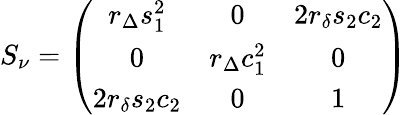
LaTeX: S_{\nu}=\left(\begin{array}{ccc}{{r_{\Delta}s_{1}^{2}}}&{{0}}&{{2r_{\delta}s_{2}c_{2}}}\\ {{0}}&{{r_{\Delta}c_{1}^{2}}}&{{0}}\\ {{2r_{\delta}s_{2}c_{2}}}&{{0}}&{{1}}\end{array}\right)